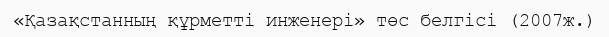
«Қазақстанның құрметті инженері» төс белгісі (2007ж.)